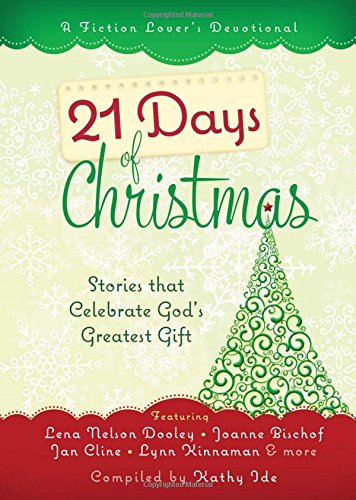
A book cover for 21 Days of Christmas: Stories That Celebrate God's Greatest Gift; Kathy Ide; Christian Books & Bibles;